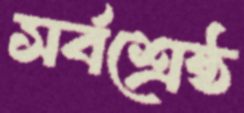
সর্বশ্রেষ্ঠ